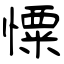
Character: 憟